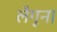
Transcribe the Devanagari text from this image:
लैगून।